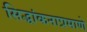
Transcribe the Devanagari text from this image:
सिद्धांकनाप्रमाणे